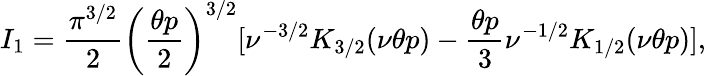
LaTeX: I_{1}=\frac{\pi^{3/2}}{2}\biggl(\frac{\theta p}{2}\biggr)^{3/2}[\nu^{-3/2}K_{3/2}(\nu\theta p)-\frac{\theta p}{3}\nu^{-1/2}K_{1/2}(\nu\theta p)],